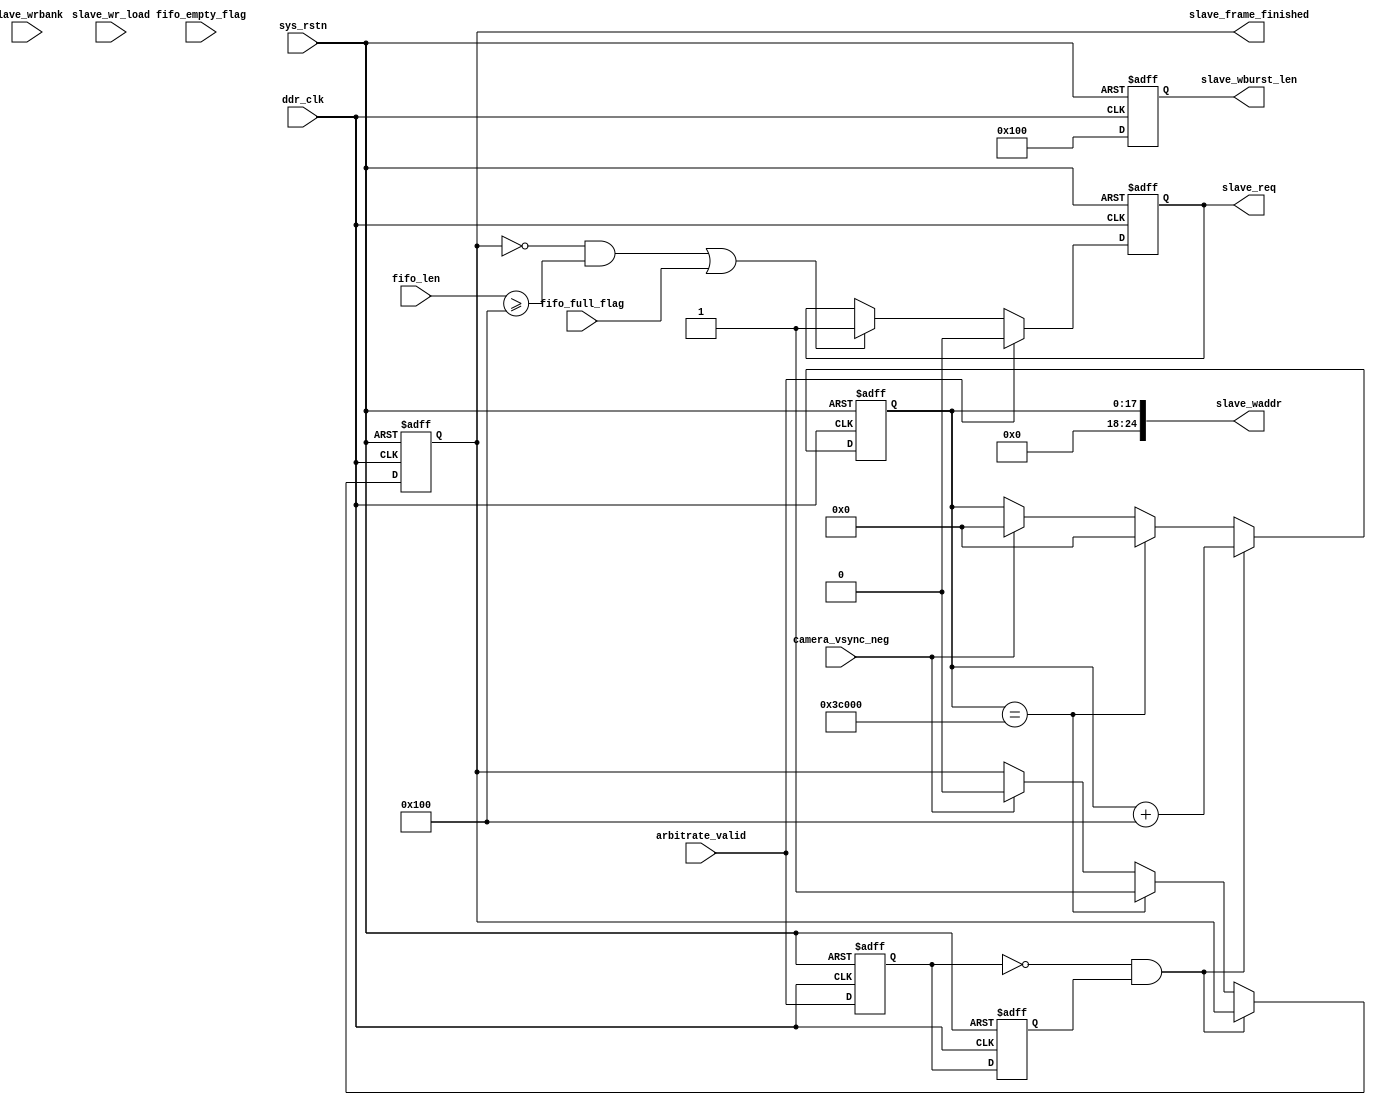
module slave_arbitrate_interface_sd               //DDR
#(
    parameter SLAVE_NUMBER = 4'b0000 ,  //4bit 
    parameter PARAM_BIT    = 1'b0    ,
    parameter MAXADDR      = 18'd245_760
)
(   
    input wire          ddr_clk               ,
    input wire          sys_rstn              , 
    //fifo flag                               
    input wire          camera_vsync_neg      ,
    input wire          fifo_full_flag        ,
    input wire          fifo_empty_flag       ,
    input  wire [10: 0] fifo_len              ,
    //req & valid                             
    output reg          slave_req             ,
    input wire          arbitrate_valid       ,
    input wire          slave_wr_load         ,             //
    input wire  [1 : 0] slave_wrbank          ,
    output wire [24: 0] slave_waddr           ,
    output reg  [9 : 0] slave_wburst_len      ,
    output reg          slave_frame_finished     
);
    
localparam               reg_slave_sel_wr_bank = 2'b00 ;

reg [17:0] slave_waddr_reg ;  //19bit - 18bit [17: 0] ------- 21

always @(posedge ddr_clk or negedge sys_rstn) begin
    if (!sys_rstn) begin
        slave_req <= 1'b0;
    end 
    else if (arbitrate_valid) begin //keepping until ddr finishes read comd
        slave_req <= 1'b0;
    end 
    else if(~slave_frame_finished&&fifo_len >= 256||fifo_full_flag) begin
        slave_req <= 1'b1;
    end
    else begin
        slave_req <= slave_req ;
    end
end
reg arbitrate_valid_d0,arbitrate_valid_d1;
wire valid_neg ;
always @(posedge ddr_clk or negedge sys_rstn) begin
    if (!sys_rstn) begin
        arbitrate_valid_d0 <= 1'b0;
        arbitrate_valid_d1 <= 1'b0;
    end 
    else begin
        arbitrate_valid_d0 <= arbitrate_valid;
        arbitrate_valid_d1 <= arbitrate_valid_d0;
    end
end
assign valid_neg = ~arbitrate_valid_d0&arbitrate_valid_d1;
always @(posedge ddr_clk or negedge sys_rstn) begin
    if (~sys_rstn) begin
        slave_waddr_reg <= 18'b0;
        slave_frame_finished <= 1'b0;
    end 
    else if (valid_neg) begin
        slave_waddr_reg <= slave_waddr_reg + 18'd256;
    end 
    else if (slave_waddr_reg == MAXADDR) begin
        slave_waddr_reg <= 18'b0;
        slave_frame_finished <= 1'b1;
    end
    else if (camera_vsync_neg) begin
        slave_waddr_reg <= 18'b0;
        slave_frame_finished <= 1'b0;
    end
    else begin
        slave_waddr_reg <= slave_waddr_reg;
        slave_frame_finished <= slave_frame_finished;
    end
end
always @(posedge ddr_clk or negedge sys_rstn) begin
    if (!sys_rstn) begin
        slave_wburst_len <= 10'd0;
    end 
    else begin
        slave_wburst_len <= 10'd256;
    end
end

assign slave_waddr = {reg_slave_sel_wr_bank,PARAM_BIT,SLAVE_NUMBER,slave_waddr_reg};   //BNAK + SD

endmodule